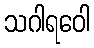
သဂါရဝေါ